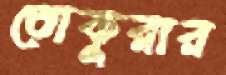
তোকুরার